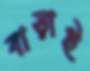
বাড়াই